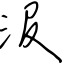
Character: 汲